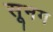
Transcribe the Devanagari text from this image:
सूनग